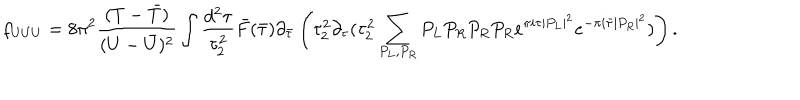
f _ { U U U } = 8 \pi ^ { 2 } \frac { ( T - { \bar { T } } ) } { ( U - { \bar { U } } ) ^ { 2 } } \int \frac { d ^ { 2 } \tau } { \tau _ { 2 } ^ { 2 } } { \bar { F } } ( { \bar { \tau } } ) \partial _ { \bar { \tau } } \left( \tau _ { 2 } ^ { 2 } \partial _ { \tau } ( \tau _ { 2 } ^ { 2 } \sum _ { P _ { L } , P _ { R } } P _ { L } P _ { R } P _ { R } P _ { R } e ^ { \pi i \tau | P _ { L } | ^ { 2 } } e ^ { - \pi i { \bar { \tau } } | P _ { R } | ^ { 2 } } ) \right) .